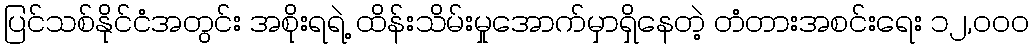
ပြင်သစ်နိုင်ငံအတွင်း အစိုးရရဲ့ ထိန်းသိမ်းမှုအောက်မှာရှိနေတဲ့ တံတားအစင်းရေး ၁၂,၀၀၀